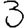
Digit: 3